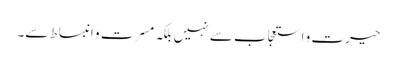
حیرت و استعجاب سے نہیں بلکہ مسرت و انبساط سے۔